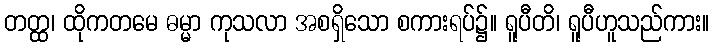
တတ္ထ၊ ထိုကတမေ ဓမ္မာ ကုသလာ အစရှိသော စကားရပ်၌။ ရူပီတိ၊ ရူပီဟူသည်ကား။